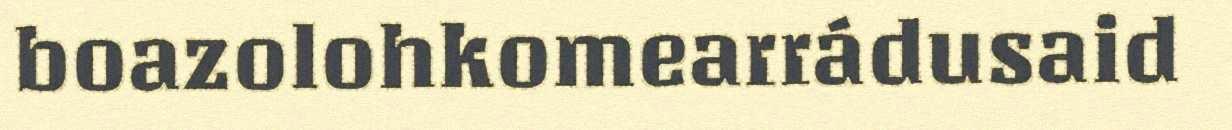
boazolohkomearrádusaid